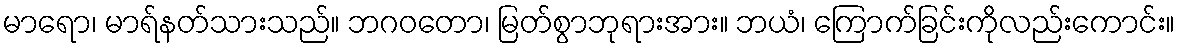
မာရော၊ မာရ်နတ်သားသည်။ ဘဂဝတော၊ မြတ်စွာဘုရားအား။ ဘယံ၊ ကြောက်ခြင်းကိုလည်းကောင်း။